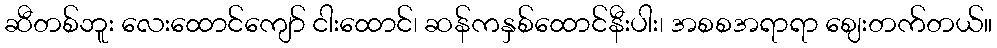
ဆီတစ်ဘူး လေးထောင်ကျော် ငါးထောင်၊ ဆန်ကနှစ်ထောင်နီးပါး၊ အစစအရာရာ ဈေးတက်တယ်။